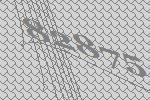
82875